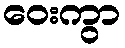
ဝေးကွာ